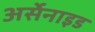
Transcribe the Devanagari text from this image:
अर्सेनाइड